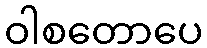
ဝါစတောပေ